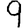
Digit: 9